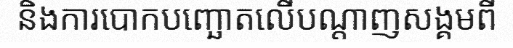
និងការបោកបញ្ឆោតលើបណ្តាញសង្គមពី